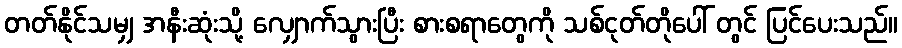
တတ်နိုင်သမျှ အနီးဆုံးသို့ လျှောက်သွားပြီး စားစရာတွေကို သစ်ငုတ်တိုပေါ် တွင် ပြင်ပေးသည်။